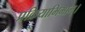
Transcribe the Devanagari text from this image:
प्रक्रियाभिमाम्।